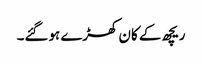
ریچھ کے کان کھڑے ہوگئے۔